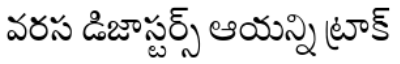
వరస డిజాస్టర్స్ ఆయన్ని ట్రాక్